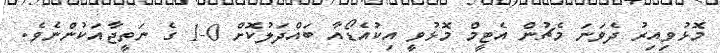
މޮޅުވިއިރު ދެވަނަ މެޗުން އެޓީމް މޮޅުވީ އިކުއެޑޯއާ ބައްދަލުކޮށް 0-1 ގެ ނަތީޖާއަކުންނެވެ.